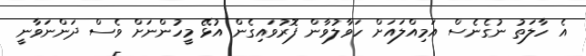
އެ ހާލަތު ނުގެނެސް އަމިއްލައަށް ހަވާލުވާން ފޮރުވައިގެން އުޅޭ މީހުންނަށް ވެސް ދަންނަވާނީ